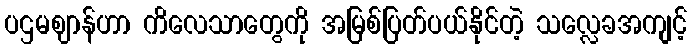
ပဌမဈာန်ဟာ ကိလေသာတွေကို အမြစ်ပြတ်ပယ်နိုင်တဲ့ သလ္လေခအကျင့်